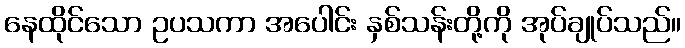
နေထိုင်သော ဥပသကာ အပေါင်း နှစ်သန်းတို့ကို အုပ်ချုပ်သည်။